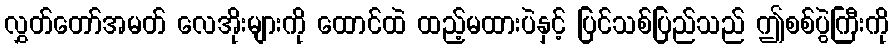
လွှတ်တော်အမတ် လေအိုးများကို ထောင်ထဲ ထည့်မထားပဲနှင့် ပြင်သစ်ပြည်သည် ဤစစ်ပွဲကြီးကို